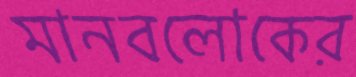
মানবলোকের